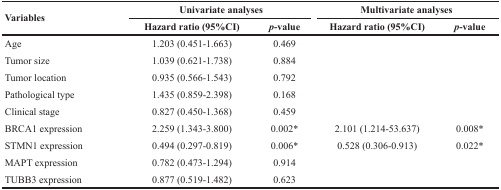
<table><thead><tr><td rowspan="2"><b>Variables</b></td><td colspan="2"><b>Univariate analyses</b></td><td colspan="2"><b>Multivariate analyses</b></td></tr><tr><td><b>Hazard ratio (95%CI)</b></td><td><b><i>p</i>-value</b></td><td><b>Hazard ratio (95%CI)</b></td><td><b><i>p</i>-value</b></td></tr></thead><tbody><tr><td>Age</td><td>1.203 (0.451-1.663)</td><td>0.469</td><td></td><td></td></tr><tr><td>Tumor size</td><td>1.039 (0.621-1.738)</td><td>0.884</td><td></td><td></td></tr><tr><td>Tumor location</td><td>0.935 (0.566-1.543)</td><td>0.792</td><td></td><td></td></tr><tr><td>Pathological type</td><td>1.435 (0.859-2.398)</td><td>0.168</td><td></td><td></td></tr><tr><td>Clinical stage</td><td>0.827 (0.450-1.368)</td><td>0.459</td><td></td><td></td></tr><tr><td>BRCA1 expression</td><td>2.259 (1.343-3.800)</td><td>0.002*</td><td>2.101 (1.214-53.637)</td><td>0.008*</td></tr><tr><td>STMN1 expression</td><td>0.494 (0.297-0.819)</td><td>0.006*</td><td>0.528 (0.306-0.913)</td><td>0.022*</td></tr><tr><td>MAPT expression</td><td>0.782 (0.473-1.294)</td><td>0.914</td><td></td><td></td></tr><tr><td>TUBB3 expression</td><td>0.877 (0.519-1.482)</td><td>0.623</td><td></td><td></td></tr></tbody></table>